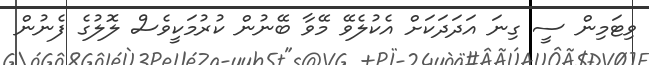
ވިޓަމިން ސީ ގިނަ އަދަދަކަށް އެކުލެވޭ މޭވާ ބޭނުން ކުރުމަކީވެސް ލޮލުގެ ފެނުން